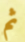
ثم